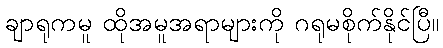
ချာရုကမူ ထိုအမူအရာများကို ဂရုမစိုက်နိုင်ပြီ။